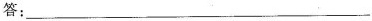
答：___